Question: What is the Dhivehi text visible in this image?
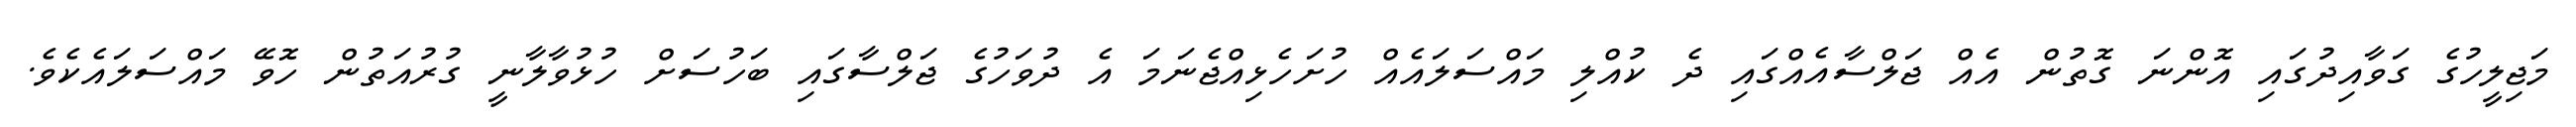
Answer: މަޖިލީހުގެ ގަވާއިދުގައި އޮންނަ ގޮތުން އެއް ޖަލްސާއެއްގައި ދެ ކުއްލި މައްސަލައެއް ހުށަހެޅިއްޖެނަމަ އެ ދުވަހުގެ ޖަލްސާގައި ބަހުސަށް ހުޅުވާލާނީ ގުރުއަތުން ހޮވޭ މައްސަލައެކެވެ.